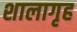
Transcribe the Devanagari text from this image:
शालागृह